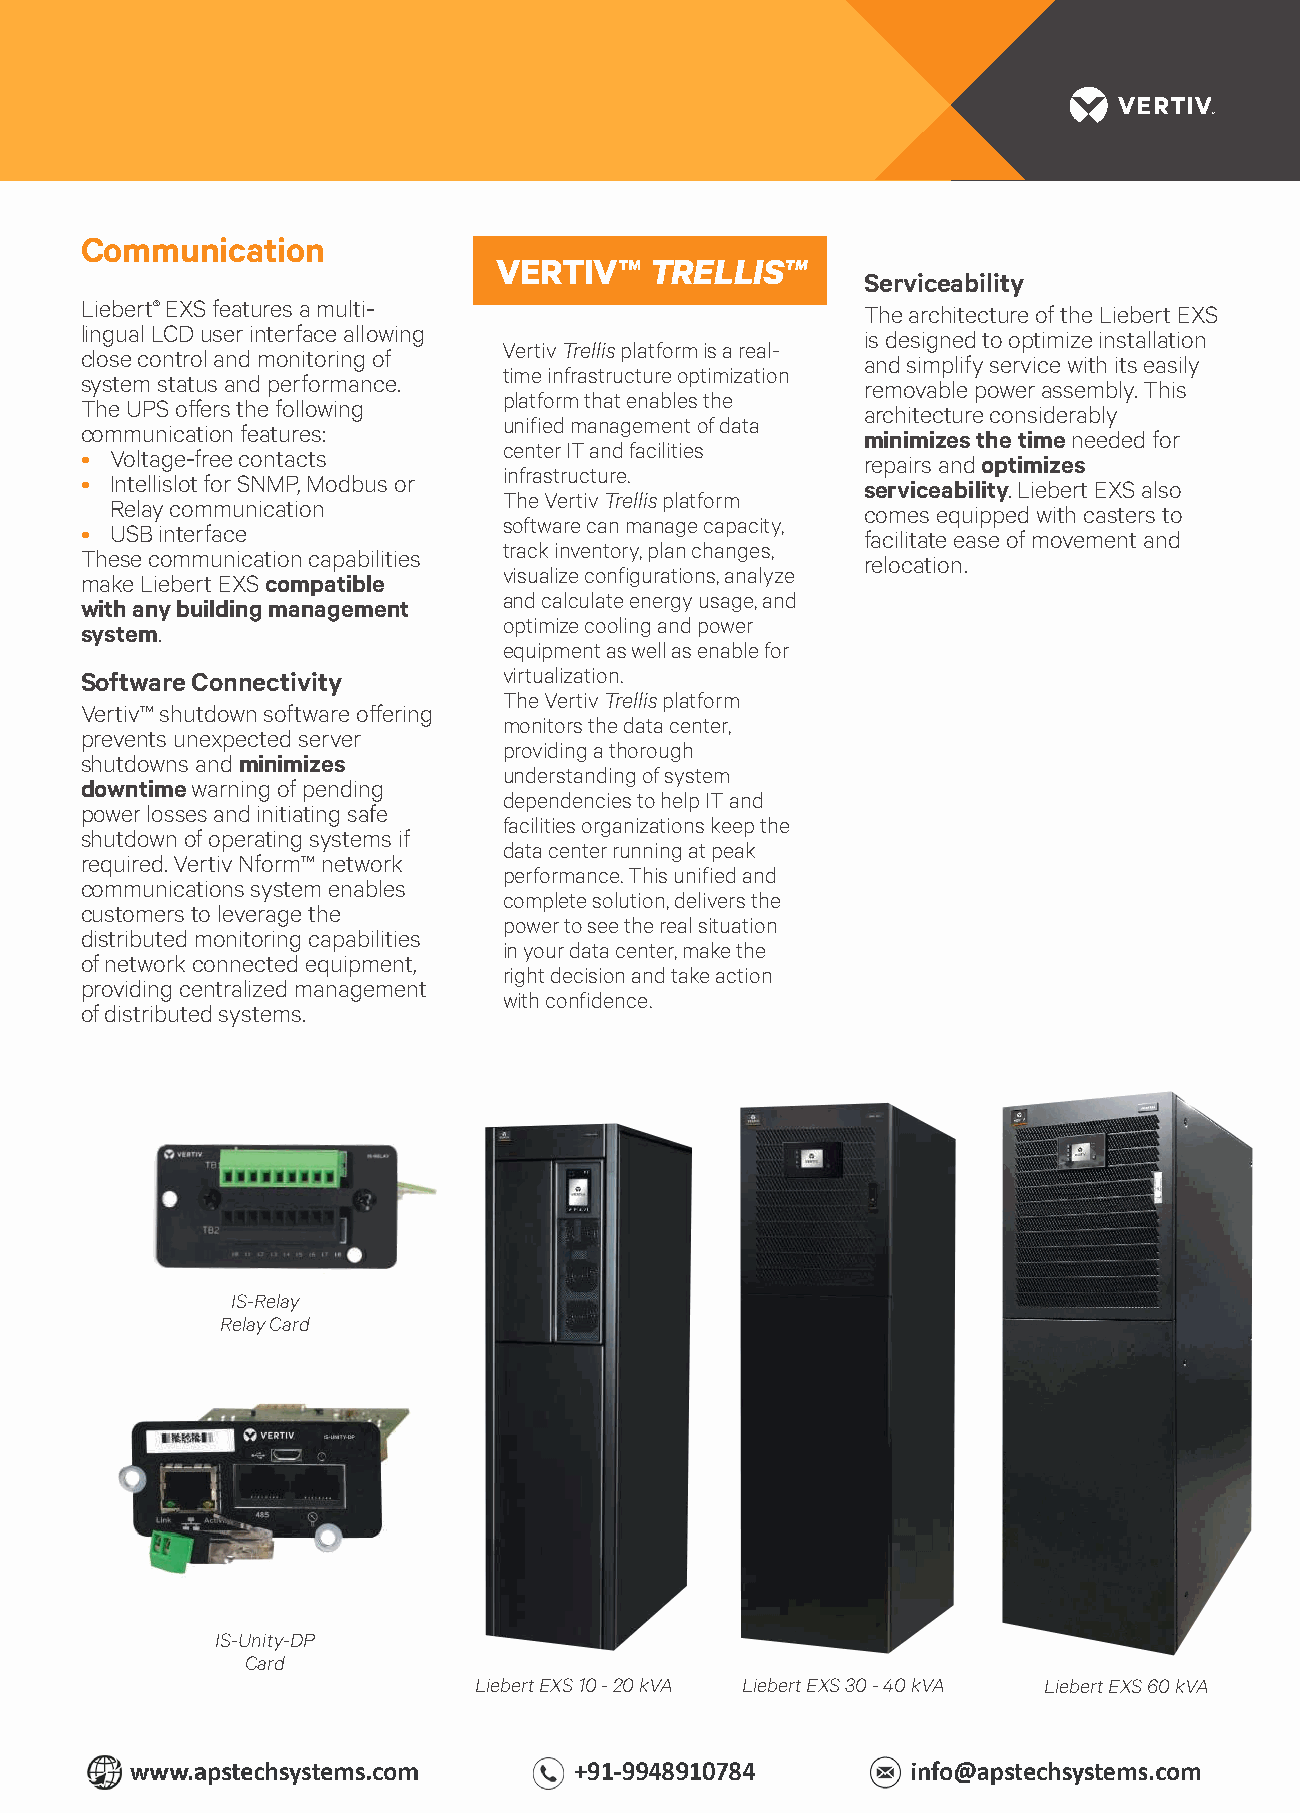
Communication
 VERTIV™   TRELLIS™
 Serviceability
 Liebert® EXS features a multi-                      The architecture of the Liebert EXS
 lingual LCD user interface allowing                 is designed to optimize installation
 Vertiv Trellis platform is a real-
 close control and monitoring of                     and simplify service with its easily
 time infrastructure optimization
 system status and performance.                      removable power assembly. This
 platform that enables the
 The UPS off ers the following                       architecture considerably
 unified management of data
 communication features:                             minimizes the time needed for
 center IT and facilities
 • Voltage-free contacts                             repairs and optimizes
 infrastructure.
 • Intellislot for SNMP, Modbus or                   serviceability. Liebert EXS also
 The Vertiv Trellis platform
 Relay communication                               comes equipped with casters to
 software can manage capacity,
 • USB interface                                     facilitate ease of movement and
 track inventory, plan changes,
 These communication capabilities                    relocation.
 visualize configurations, analyze
 make Liebert EXS compatible
 and calculate energy usage, and
 with any building management
 optimize cooling and power
 system.
 equipment as well as enable for
 Software Connectivity       virtualization.
 The Vertiv Trellis platform
 Vertiv™ shutdown software off ering
 monitors the data center,
 prevents unexpected server
 providing a thorough
 shutdowns and minimizes
 understanding of system
 downtime warning of pending
 dependencies to help IT and
 power losses and initiating safe
 facilities organizations keep the
 shutdown of operating systems if
 data center running at peak
 required. Vertiv Nform™ network
 performance. This unified and
 communications system enables
 complete solution, delivers the
 customers to leverage the
 power to see the real situation
 distributed monitoring capabilities
 in your data center, make the
 of network connected equipment,
 right decision and take action
 providing centralized management
 with confidence.
 of distributed systems.
 IS-Relay
 Relay Card
 IS-Unity-DP
 Card
 Liebert EXS 10 - 20 kVA Liebert EXS 30 - 40 kVA Liebert EXS 60 kVA